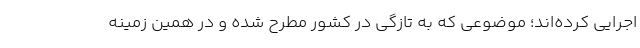
اجرایی کرده‌اند؛ موضوعی که به تازگی در کشور مطرح شده و در همین زمینه